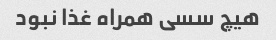
هیچ سسی همراه غذا نبود